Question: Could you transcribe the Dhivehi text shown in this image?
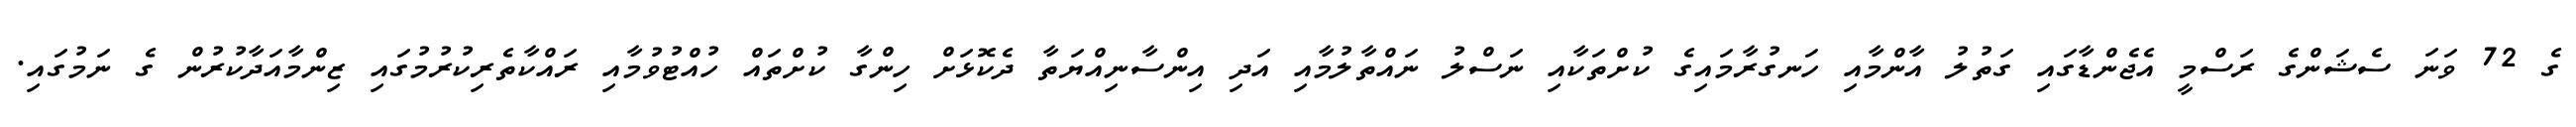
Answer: ގެ 72 ވަނަ ސެޝަންގެ ރަސްމީ އެޖެންޑާގައި ގަތުލު އާންމާއި ހަނގުރާމައިގެ ކުށްތަކާއި ނަސްލު ނައްތާލުމާއި އަދި އިންސާނިއްޔަތާ ދެކޮޅަށް ހިންގާ ކުށްތައް ހުއްޓުވުމާއި ރައްކާތެރިކުރުމުގައި ޒިންމާއަދާކުރުން ގެ ނަމުގައި.